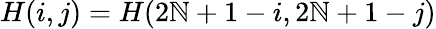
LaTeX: H(i,j)=H(2\mathbb{N}+1-i,2\mathbb{N}+1-j)